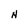
Character: N